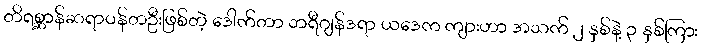
တိရစ္ဆာန်ဆရာဝန်တဦးဖြစ်တဲ့ ဒေါက်တာ ဘရီဂျန်ဒရာ ယဒေက ကျားဟာ အသက် ၂ နှစ်နဲ့ ၃ နှစ်ကြား